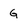
Character: G